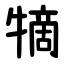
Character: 㹍